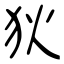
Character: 狄